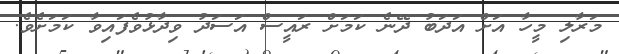
މަރާލި މީހާ އަށް އަދަބު ދޭނެ ކަމަށް ރައީސް އަސަދު ވިދާޅުވެފައިވާ ކަމަށެވެ.